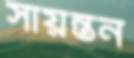
সায়ন্তন